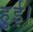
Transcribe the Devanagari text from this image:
हुुुुई।